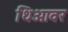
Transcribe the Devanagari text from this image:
थिओवर